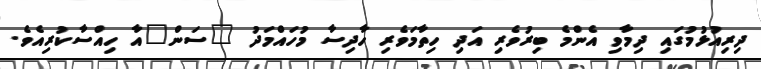
ދިރިއުޅުމުގައި ދިމާވި އެންމެ ބިރުވެރި އަދި ހިތާމަވެރި ހާދިސާ މުހައްމަދު "ސަން"އާ ހިއްސާކުރިއެވެ.